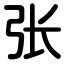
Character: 张